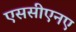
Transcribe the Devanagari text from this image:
एससीएनए